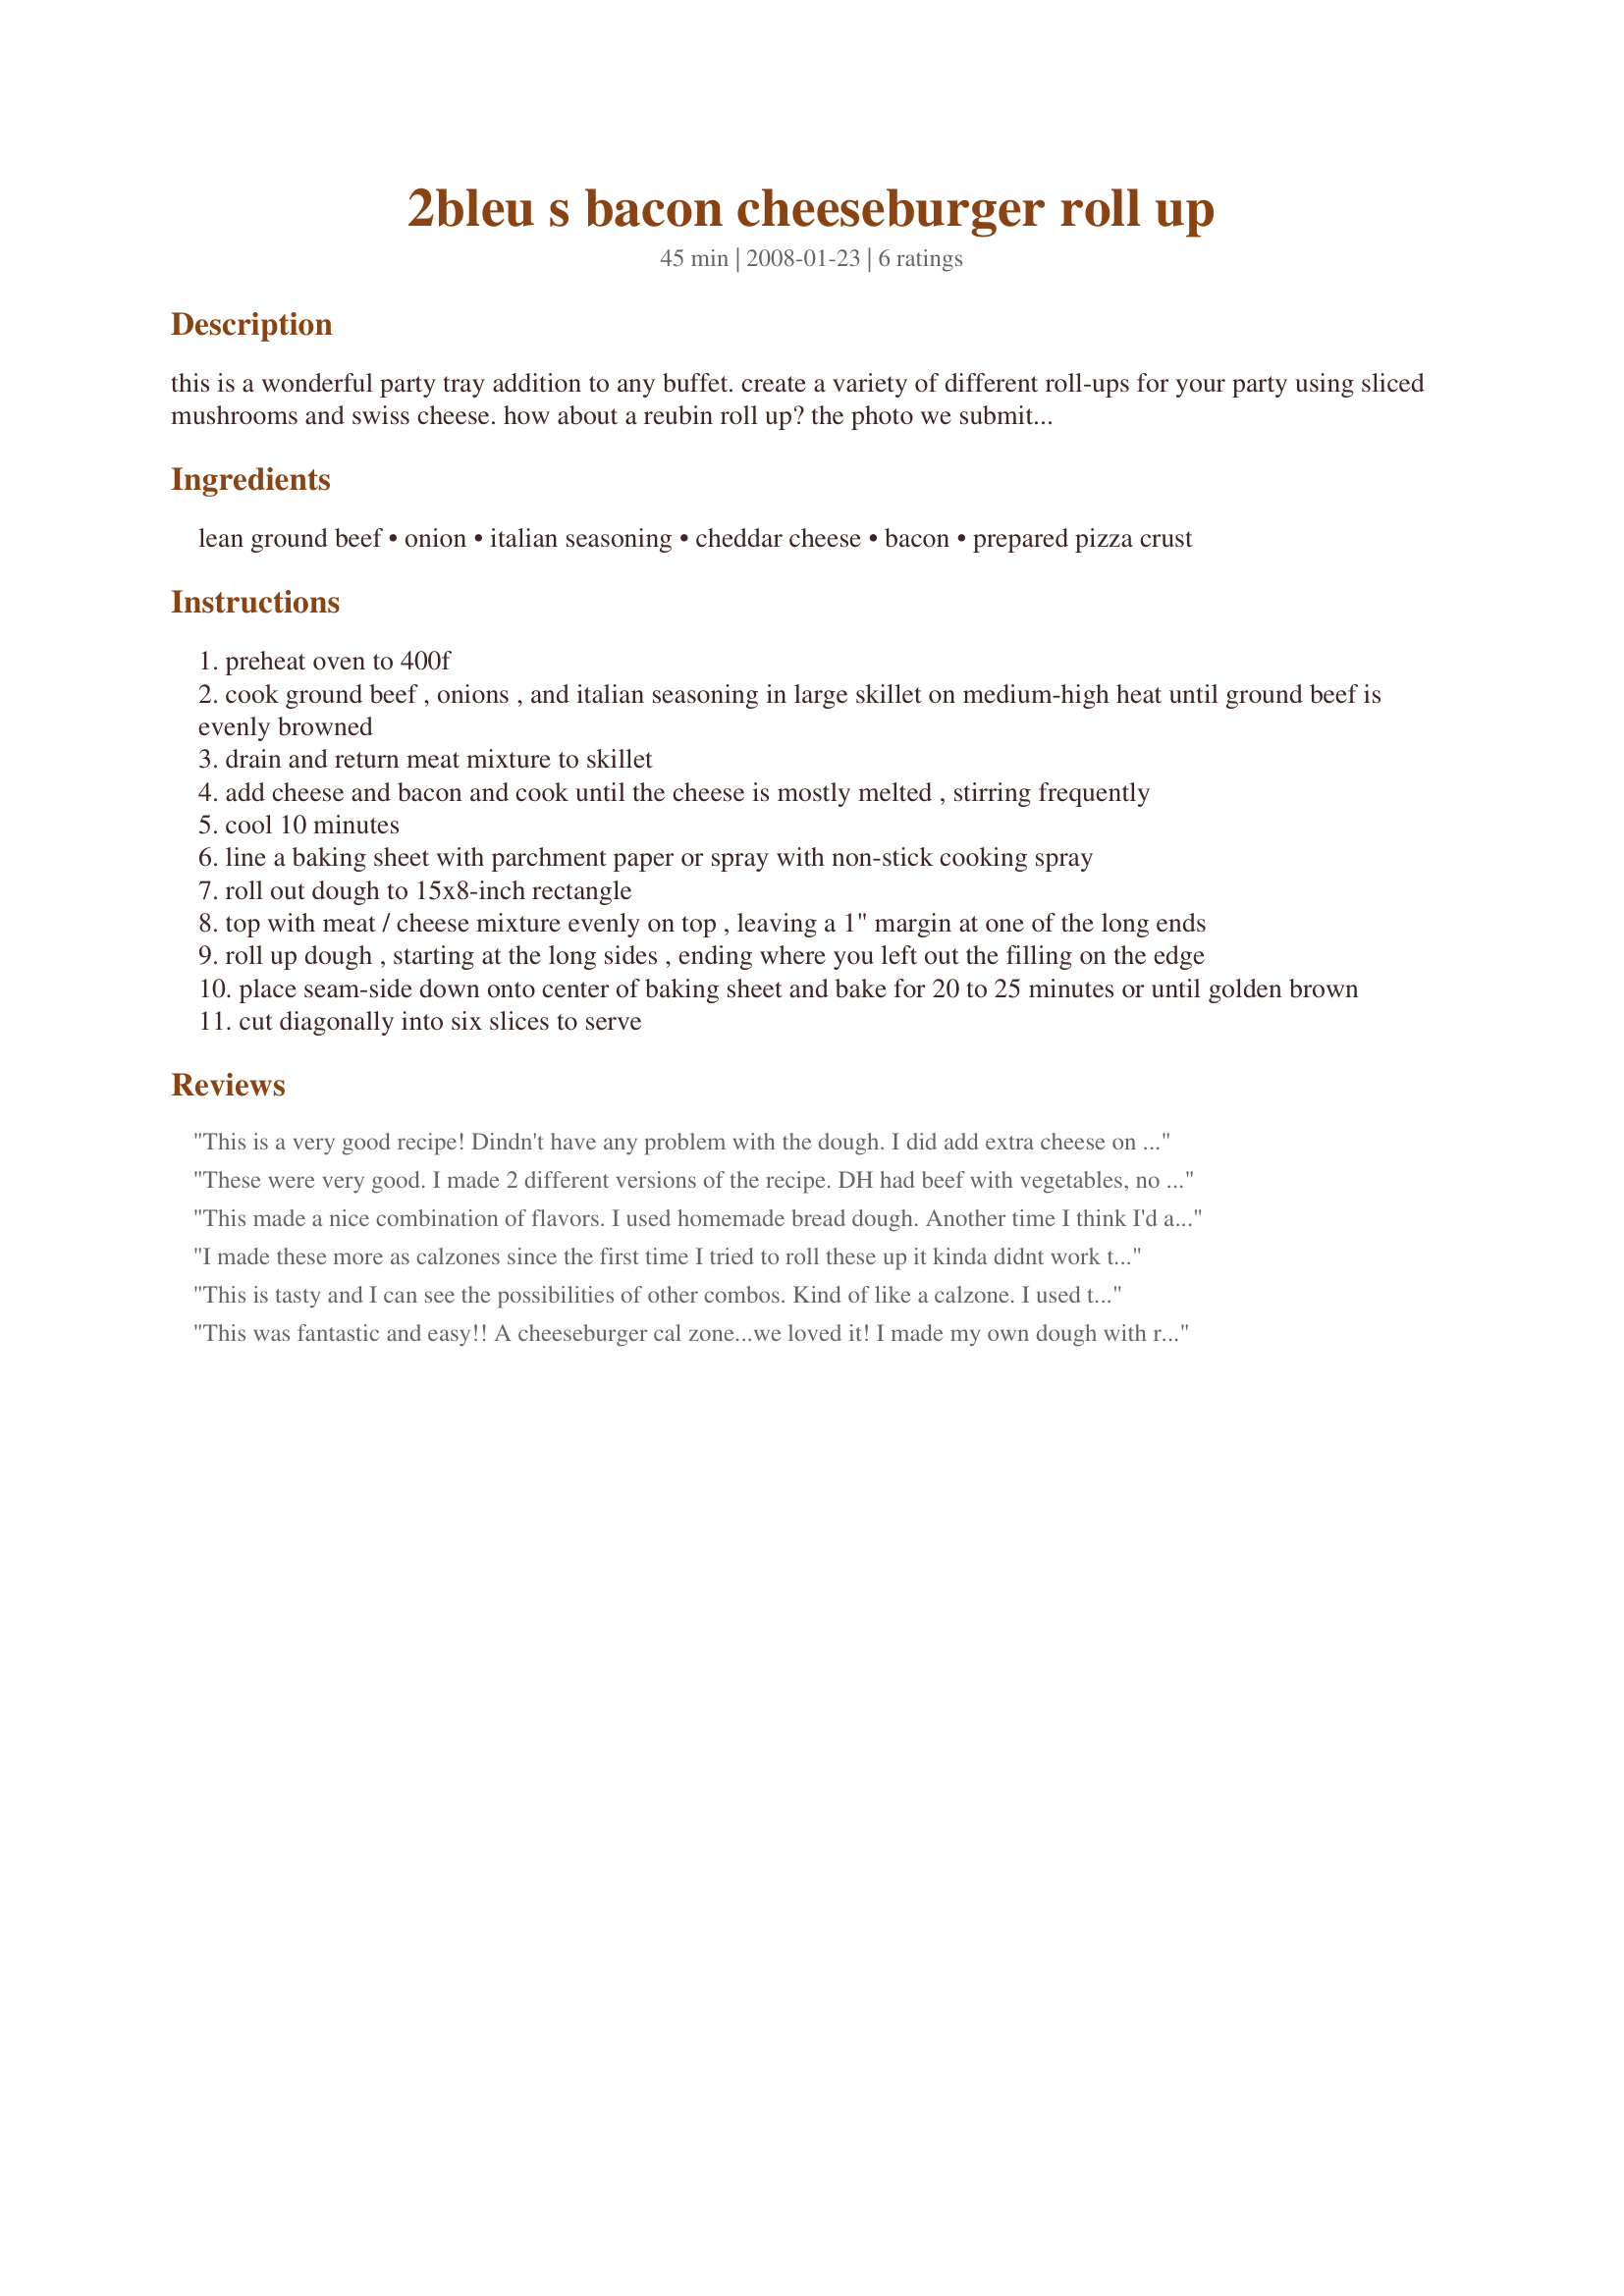
2bleu s bacon cheeseburger roll up
Preparation time: 45 minutes

this is a wonderful party tray addition to any buffet. create a variety of different roll-ups for your party using sliced mushrooms and swiss cheese. how about a reubin roll up? the photo we submitted is a cheesesteak roll up first using mayo and horseradish sauce spread thin on the dough, then using chopped roast beef, (or you can use steakums), green bell peppers/onions and american cheese. how about a cream cheese and mixed fruit for a dessert roll-up? endless possibilities. :)

Ingredients:
lean ground beef, onion, italian seasoning, cheddar cheese, bacon, prepared pizza crust

Steps:
preheat oven to 400f
cook ground beef , onions , and italian seasoning in large skillet on medium-high heat until ground beef is evenly browned
drain and return meat mixture to skillet
add cheese and bacon and cook until the cheese is mostly melted , stirring frequently
cool 10 minutes
line a baking sheet with parchment paper or spray with non-stick cooking spray
roll out dough to 15x8-inch rectangle
top with meat / cheese mixture evenly on top , leaving a 1" margin at one of the long ends
roll up dough , starting at the long sides , ending where you left out the filling on the edge
place seam-side down onto center of baking sheet and bake for 20 to 25 minutes or until golden brown
cut diagonally into six slices to serve

Reviews:
This is a very good recipe! Dindn't have any problem with the dough. I did add extra cheese on top of the crust. I did use turkey bacon instead though. Thanks 2Bleu for a great recipe. Made for the Review my Recipe Tag Game
These were very good. I made 2 different versions of the recipe. DH had beef with vegetables, no cheese or bacon. I made another one as directed but left out the bacon & added crushed tomatoes with basil, garlic, & oregano. Thanks 2Bleu for the recipe
This made a nice combination of flavors. I used homemade bread dough.

Another time I think I'd add the cheese on top of the meat layer as I assemble the roll and let the oven melt it because it made an awful mess in the skillet. Worth it though.
I made these more as calzones since the first time I tried to roll these up it kinda didnt work too well for me. I wasnt very used to the canned pizza crust properties .... But the filling was REALLY good. I would def. make this again and maybe in a regular pizza form or use my own dough recipe and try to roll it up since I know how it likes to "act" more than store bought.
This is tasty and I can see the possibilities of other combos. Kind of like a calzone. I used the prepared pizza crust, but would make my own next time. It was a little hard to work with. Too spongy? I lightened this up a tad by using ground turkey, turkey bacon and reduced-fat cheddar. Worked fine. I think I will try an actual pizza type filling next time.
This was fantastic and easy!! A cheeseburger cal zone...we loved it! I made my own dough with recipe #35805 and I added roasted tomatoes to it. The kids were going nuts when it was in the oven. Thanks 2bleu! My 5 yo granddaughter said, "This is the best Meme!"
